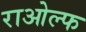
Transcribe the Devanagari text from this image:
राओल्फ